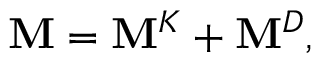
\mathbf { M } = \mathbf { M } ^ { K } + \mathbf { M } ^ { D } ,